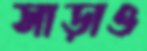
সাড়াও